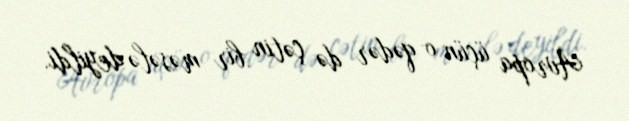
Avropa üçün o qədər də çətin bir məsələ deyildi.